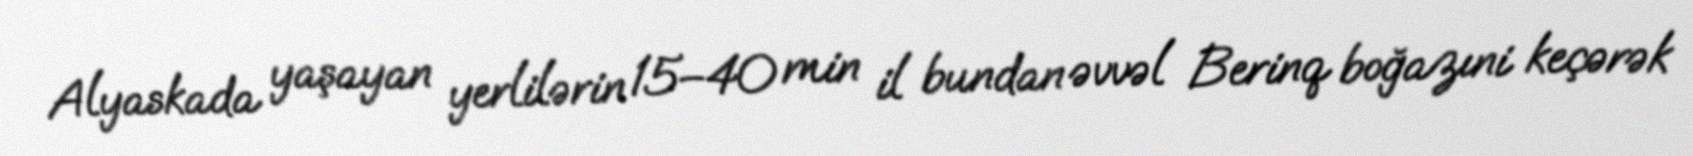
Alyaskada yaşayan yerlilərin 15–40 min il bundan əvvəl Berinq boğazıni keçərək